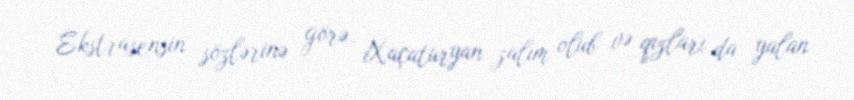
Ekstrasensin sözlərinə görə, Xaçaturyan zalım olub və qızları da yalan